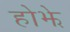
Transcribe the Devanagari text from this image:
होझे